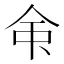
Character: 𫝇